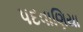
પદવાણિયા